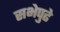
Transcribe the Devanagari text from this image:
सभेपुढे